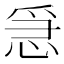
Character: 𢚩